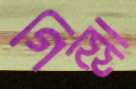
গিল্লা